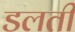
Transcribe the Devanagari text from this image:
डलती